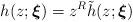
LaTeX: \begin{align*}h(z;\boldsymbol{\xi })=z^{R}\tilde{h}(z;\boldsymbol{\xi })\end{align*}